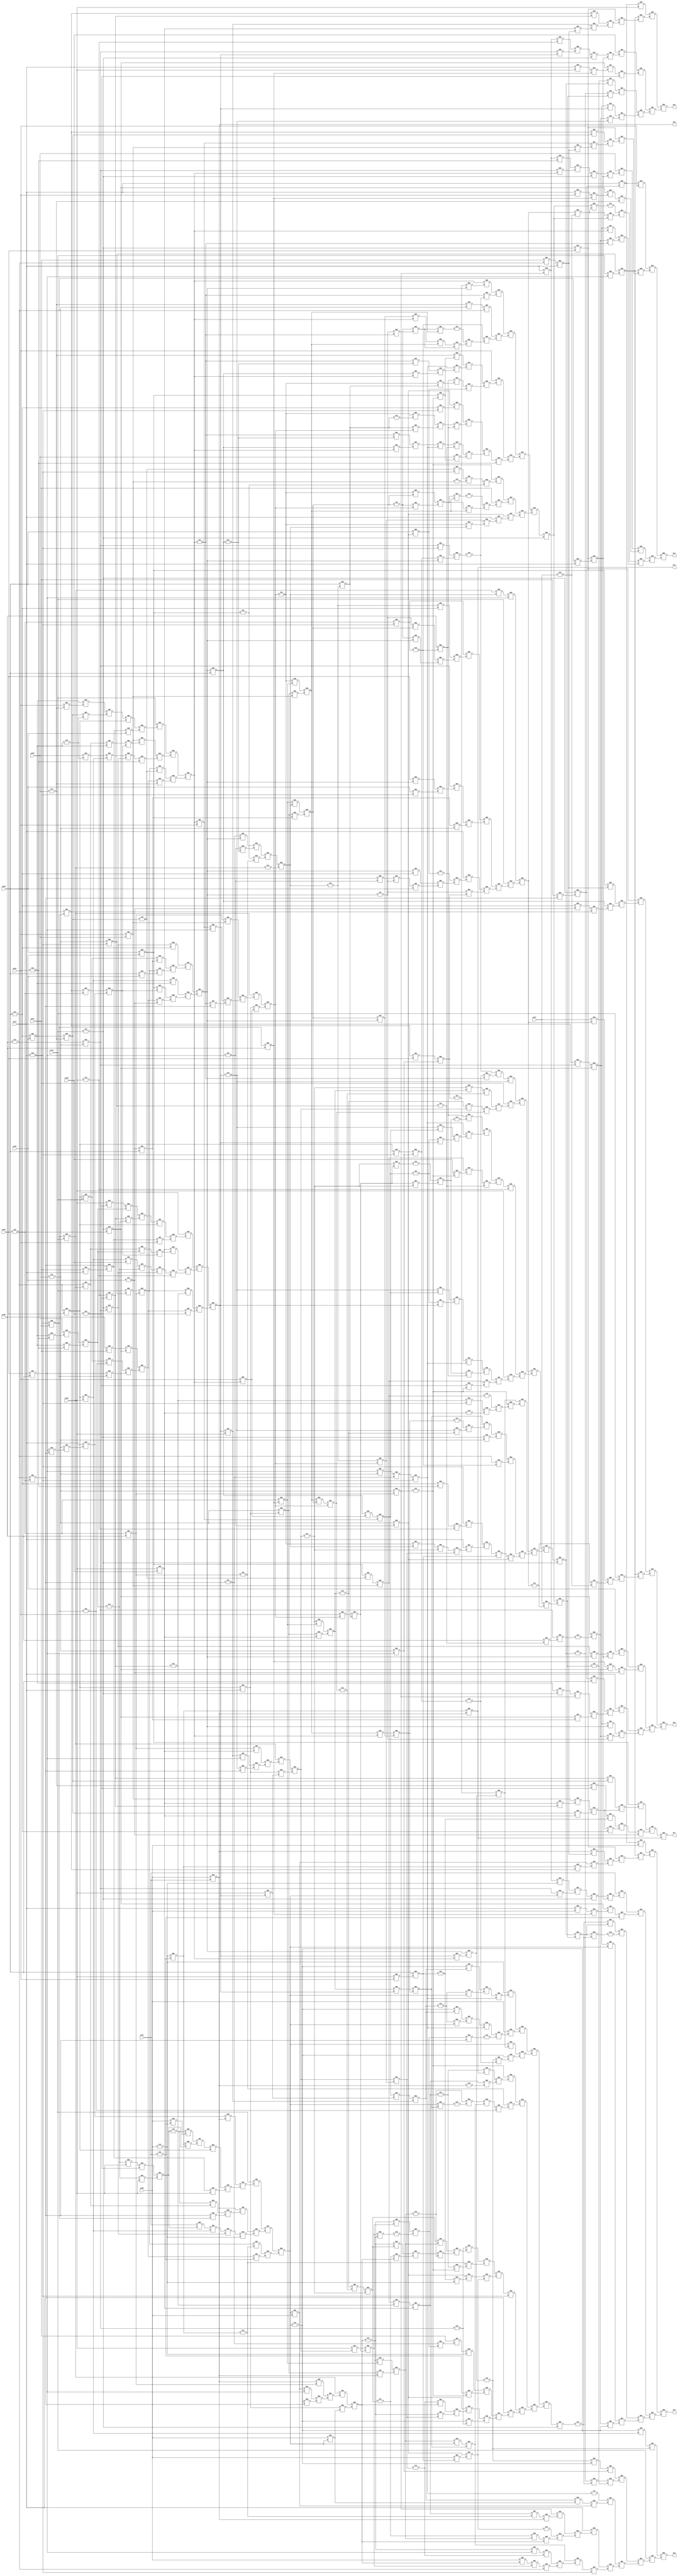
module alu4_lev2(pi00, pi01, pi02, pi03, pi04, pi05, pi06, pi07, pi08, pi09, 
	pi10, pi11, pi12, pi13, po0, po1, po2, po3, po4, po5, po6, po7);

input pi00, pi01, pi02, pi03, pi04, pi05, pi06, pi07, pi08, pi09, 
	pi10, pi11, pi12, pi13;

output po0, po1, po2, po3, po4, po5, po6, po7;

wire n705, n706, n707, n708, n709, n710, n711, n712, n713, n714, 
	n715, n716, n717, n718, n719, n720, n721, n722, n723, n724, 
	n725, n726, n727, n728, n729, n730, n731, n732, n733, n734, 
	n735, n736, n737, n738, n739, n740, n741, n742, n743, n744, 
	n745, n746, n747, n748, n749, n750, n751, n752, n753, n754, 
	n755, n756, n757, n758, n759, n760, n761, n762, n763, n764, 
	n765, n766, n767, n768, n769, n770, n771, n772, n773, n774, 
	n775, n776, n777, n778, n779, n780, n781, n782, n783, n784, 
	n785, n786, n787, n788, n789, n790, n791, n792, n793, n794, 
	n795, n796, n797, n798, n799, n800, n801, n802, n803, n804, 
	n805, n806, n807, n808, n809, n810, n811, n812, n813, n814, 
	n815, n816, n817, n818, n819, n820, n821, n822, n823, n824, 
	n825, n826, n827, n828, n829, n830, n831, n832, n833, n834, 
	n835, n836, n837, n838, n839, n840, n841, n842, n843, n844, 
	n845, n846, n847, n848, n849, n850, n851, n852, n853, n854, 
	n855, n856, n857, n858, n859, n860, n861, n862, n863, n864, 
	n865, n866, n867, n868, n869, n870, n871, n872, n873, n874, 
	n875, n876, n877, n878, n879, n880, n881, n882, n883, n884, 
	n885, n886, n887, n888, n889, n890, n891, n892, n893, n894, 
	n895, n896, n897, n898, n899, n900, n901, n902, n903, n904, 
	n905, n906, n907, n908, n909, n910, n911, n912, n913, n914, 
	n915, n916, n917, n918, n919, n920, n921, n922, n923, n924, 
	n925, n926, n927, n928, n929, n930, n931, n932, n933, n934, 
	n935, n936, n937, n938, n939, n940, n941, n942, n943, n944, 
	n945, n946, n947, n948, n949, n950, n951, n952, n953, n954, 
	n955, n956, n957, n958, n959, n960, n961, n962, n963, n964, 
	n965, n966, n967, n968, n969, n970, n971, n972, n973, n974, 
	n975, n976, n977, n978, n979, n980, n981, n982, n983, n984, 
	n985, n986, n987, n988, n989, n990, n991, n992, n993, n994, 
	n995, n996, n997, n998, n999, n1000, n1001, n1002, n1003, n1004, 
	n1005, n1006, n1007, n1008, n1009, n1010, n1011, n1012, n1013, n1014, 
	n1015, n1016, n1017, n1018, n1019, n1020, n1021, n1022, n1023, n1024, 
	n1025, n1026, n1027, n1028, n1029, n1030, n1031, n1032, n1033, n1034, 
	n1035, n1036, n1037, n1038, n1039, n1040, n1041, n1042, n1043, n1044, 
	n1045, n1046, n1047, n1048, n1049, n1050, n1051, n1052, n1053, n1054, 
	n1055, n1056, n1057, n1058, n1059, n1060, n1061, n1062, n1063, n1064, 
	n1065, n1066, n1067, n1068, n1069, n1070, n1071, n1072, n1073, n1074, 
	n1075, n1076, n1077, n1078, n1079, n1080, n1081, n1082, n1083, n1084, 
	n1085, n1086, n1087, n1088, n1089, n1090, n1091, n1092, n1093, n1094, 
	n1095, n1096, n1097, n1098, n1099, n1100, n1101, n1102, n1103, n1104, 
	n1105, n1106, n1107, n1108, n1109, n1110, n1111, n1112, n1113, n1114, 
	n1115, n1116, n1117, n1118, n1119, n1120, n1121, n1122, n1123, n1124, 
	n1125, n1126, n1127, n1128, n1129, n1130, n1131, n1132, n1133, n1134, 
	n1135, n1136, n1137, n1138, n1139, n1140, n1141, n1142, n1143, n1144, 
	n1145, n1146, n1147, n1148, n1149, n1150, n1151, n1152, n1153, n1154, 
	n1155, n1156, n1157, n1158, n1159, n1160, n1161, n1162, n1163, n1164, 
	n1165, n1166, n1167, n1168, n1169, n1170, n1171, n1172, n1173, n1174, 
	n1175, n1176, n1177, n1178, n1179, n1180, n1181, n1182, n1183, n1184, 
	n1185, n1186, n1187, n1188, n1189, n1190, n1191, n1192, n1193, n1194, 
	n1195, n1196, n1197, n1198, n1199, n1200, n1201, n1202, n1203, n1204, 
	n1205, n1206, n1207, n1208, n1209, n1210, n1211, n1212, n1213, n1214, 
	n1215, n1216, n1217, n1218, n1219, n1220, n1221, n1222, n1223, n1224, 
	n1225, n1226, n1227, n1228, n1229, n1230, n1231, n1232, n1233, n1234, 
	n1235, n1236, n1237, n1238, n1239, n1240, n1241, n1242, n1243, n1244, 
	n1245, n1246, n1247, n1248, n1249, n1250, n1251, n1252, n1253, n1254, 
	n1255, n1256, n1257, n1258, n1259, n1260, n1261, n1262, n1263, n1264, 
	n1265, n1266, n1267, n1268, n1269, n1270, n1271, n1272, n1273, n1274, 
	n1275, n1276, n1277, n1278, n1279, n1280, n1281, n1282, n1283, n1284, 
	n1285, n1286, n1287, n1288, n1289, n1290, n1291, n1292, n1293, n1294, 
	n1295, n1296, n1297, n1298, n1299, n1300, n1301, n1302, n1303, n1304, 
	n1305, n1306, n1307, n1308, n1309, n1310, n1311, n1312, n1313, n1314, 
	n1315, n1316, n1317, n1318, n1319, n1320, n1321, n1322, n1323, n1324, 
	n1325, n1326, n1327, n1328, n1329, n1330, n1331, n1332, n1333, n1334, 
	n1335, n1336, n1337, n1338, n1339, n1340, n1341, n1342, n1343, n1344, 
	n1345, n1346, n1347, n1348, n1349, n1350, n1351, n1352, n1353, n1354, 
	n1355, n1356, n1357, n1358, n1359, n1360, n1361, n1362, n1363, n1364, 
	n1365, n1366, n1367, n1368, n1369, n1370, n1371, n1372, n1373, n1374, 
	n1375, n1376, n1377, n1378, n1379, n1380, n1381, n1382, n1383, n1384, 
	n1385, n1386, n1387, n1388, n1389, n1390, n1391, n1392, n1393, n1394, 
	n1395, n1396;

  AN2 U712 ( .A(n705), .B(po4), .Z(po7));
  OR2 U713 ( .A(n706), .B(n707), .Z(n705));
  AN2 U714 ( .A(n708), .B(n709), .Z(n707));
  OR2 U715 ( .A(n710), .B(n711), .Z(n708));
  AN2 U716 ( .A(n712), .B(n713), .Z(n711));
  AN2 U717 ( .A(n714), .B(n715), .Z(n710));
  AN2 U718 ( .A(n716), .B(n717), .Z(n714));
  AN2 U719 ( .A(n718), .B(n719), .Z(n706));
  OR2 U720 ( .A(n720), .B(n712), .Z(n719));
  OR2 U721 ( .A(n721), .B(n722), .Z(n712));
  AN2 U722 ( .A(n723), .B(n724), .Z(n722));
  AN2 U723 ( .A(n725), .B(n726), .Z(n721));
  OR2 U724 ( .A(n724), .B(n727), .Z(n726));
  AN2 U725 ( .A(n727), .B(n723), .Z(n720));
  OR2 U726 ( .A(n728), .B(n729), .Z(po6));
  AN2 U727 ( .A(pi13), .B(n730), .Z(n729));
  OR2 U728 ( .A(n731), .B(n732), .Z(n730));
  OR2 U729 ( .A(n733), .B(n734), .Z(n732));
  OR2 U730 ( .A(n735), .B(n736), .Z(n734));
  AN2 U731 ( .A(n737), .B(n738), .Z(n736));
  OR2 U732 ( .A(n739), .B(n740), .Z(n737));
  OR2 U733 ( .A(n741), .B(n742), .Z(n740));
  AN2 U734 ( .A(n743), .B(n744), .Z(n742));
  OR2 U735 ( .A(n745), .B(n746), .Z(n743));
  AN2 U736 ( .A(pi03), .B(n747), .Z(n745));
  AN2 U737 ( .A(n748), .B(n749), .Z(n741));
  AN2 U738 ( .A(n750), .B(n751), .Z(n748));
  AN2 U739 ( .A(pi11), .B(n752), .Z(n735));
  OR2 U740 ( .A(n753), .B(n754), .Z(n752));
  OR2 U741 ( .A(n755), .B(n756), .Z(n754));
  AN2 U742 ( .A(n757), .B(n747), .Z(n756));
  OR2 U743 ( .A(n758), .B(n759), .Z(n757));
  IV2 U744 ( .A(n760), .Z(n755));
  AN2 U745 ( .A(n761), .B(n762), .Z(n753));
  OR2 U746 ( .A(n763), .B(po5), .Z(n762));
  AN2 U747 ( .A(n764), .B(n765), .Z(n763));
  AN2 U748 ( .A(n766), .B(n767), .Z(n733));
  OR2 U749 ( .A(n768), .B(n769), .Z(n767));
  AN2 U750 ( .A(n770), .B(n771), .Z(n768));
  IV2 U751 ( .A(n772), .Z(n766));
  OR2 U752 ( .A(n773), .B(n774), .Z(n731));
  AN2 U753 ( .A(n775), .B(n776), .Z(n774));
  AN2 U754 ( .A(n777), .B(n778), .Z(n775));
  AN2 U755 ( .A(n779), .B(n780), .Z(n773));
  AN2 U756 ( .A(n781), .B(n782), .Z(n779));
  AN2 U757 ( .A(n783), .B(n781), .Z(n728));
  AN2 U758 ( .A(n782), .B(n784), .Z(n783));
  OR2 U759 ( .A(n785), .B(n786), .Z(po3));
  OR2 U760 ( .A(n787), .B(n788), .Z(n786));
  OR2 U761 ( .A(n789), .B(n790), .Z(n788));
  OR2 U762 ( .A(n791), .B(n792), .Z(n790));
  AN2 U763 ( .A(n793), .B(n782), .Z(n792));
  AN2 U764 ( .A(n794), .B(n795), .Z(n791));
  OR2 U765 ( .A(n796), .B(n797), .Z(n789));
  IV2 U766 ( .A(n798), .Z(n797));
  OR2 U767 ( .A(n799), .B(n778), .Z(n798));
  AN2 U768 ( .A(n778), .B(n799), .Z(n796));
  OR2 U769 ( .A(n800), .B(n801), .Z(n799));
  IV2 U770 ( .A(n802), .Z(n778));
  OR2 U771 ( .A(n803), .B(n804), .Z(n802));
  AN2 U772 ( .A(n805), .B(n806), .Z(n803));
  AN2 U773 ( .A(n807), .B(n808), .Z(n806));
  AN2 U774 ( .A(n809), .B(n810), .Z(n808));
  OR2 U775 ( .A(pi11), .B(n811), .Z(n810));
  AN2 U776 ( .A(n812), .B(n813), .Z(n811));
  AN2 U777 ( .A(n814), .B(n815), .Z(n813));
  OR2 U778 ( .A(n782), .B(n816), .Z(n815));
  OR2 U779 ( .A(n817), .B(n818), .Z(n814));
  OR2 U780 ( .A(n819), .B(n820), .Z(n818));
  AN2 U781 ( .A(n750), .B(n821), .Z(n820));
  AN2 U782 ( .A(n749), .B(n747), .Z(n819));
  IV2 U783 ( .A(n821), .Z(n749));
  AN2 U784 ( .A(n822), .B(n823), .Z(n812));
  OR2 U785 ( .A(n824), .B(n825), .Z(n823));
  OR2 U786 ( .A(n826), .B(n827), .Z(n822));
  AN2 U787 ( .A(pi10), .B(n828), .Z(n826));
  OR2 U788 ( .A(n829), .B(n830), .Z(n828));
  OR2 U789 ( .A(n831), .B(n738), .Z(n809));
  AN2 U790 ( .A(n832), .B(n833), .Z(n831));
  AN2 U791 ( .A(n834), .B(n760), .Z(n833));
  OR2 U792 ( .A(n817), .B(n835), .Z(n760));
  OR2 U793 ( .A(pi03), .B(n836), .Z(n835));
  OR2 U794 ( .A(n817), .B(n837), .Z(n834));
  OR2 U795 ( .A(n715), .B(n827), .Z(n837));
  IV2 U796 ( .A(n836), .Z(n715));
  AN2 U797 ( .A(n838), .B(n839), .Z(n832));
  OR2 U798 ( .A(n765), .B(n840), .Z(n839));
  OR2 U799 ( .A(n841), .B(n825), .Z(n840));
  OR2 U800 ( .A(n816), .B(n842), .Z(n838));
  OR2 U801 ( .A(n843), .B(n844), .Z(n842));
  AN2 U802 ( .A(n845), .B(n846), .Z(n844));
  OR2 U803 ( .A(n847), .B(n848), .Z(n845));
  AN2 U804 ( .A(n758), .B(n747), .Z(n848));
  IV2 U805 ( .A(n849), .Z(n758));
  AN2 U806 ( .A(n750), .B(n849), .Z(n847));
  AN2 U807 ( .A(n849), .B(n759), .Z(n843));
  OR2 U808 ( .A(n850), .B(n851), .Z(n849));
  AN2 U809 ( .A(n852), .B(n853), .Z(n850));
  IV2 U810 ( .A(n854), .Z(n816));
  AN2 U811 ( .A(n855), .B(n856), .Z(n807));
  OR2 U812 ( .A(n857), .B(n858), .Z(n856));
  OR2 U813 ( .A(n859), .B(n860), .Z(n858));
  AN2 U814 ( .A(n861), .B(n739), .Z(n859));
  OR2 U815 ( .A(n862), .B(n863), .Z(n739));
  AN2 U816 ( .A(n759), .B(n795), .Z(n862));
  OR2 U817 ( .A(n846), .B(n864), .Z(n861));
  IV2 U818 ( .A(n865), .Z(n864));
  AN2 U819 ( .A(n795), .B(n863), .Z(n865));
  IV2 U820 ( .A(n759), .Z(n846));
  OR2 U821 ( .A(n866), .B(n867), .Z(n759));
  AN2 U822 ( .A(n868), .B(po5), .Z(n867));
  AN2 U823 ( .A(n750), .B(n869), .Z(n866));
  OR2 U824 ( .A(n825), .B(n870), .Z(n855));
  OR2 U825 ( .A(n871), .B(n872), .Z(n870));
  AN2 U826 ( .A(n764), .B(n873), .Z(n872));
  IV2 U827 ( .A(po5), .Z(n873));
  AN2 U828 ( .A(n841), .B(po4), .Z(n871));
  OR2 U829 ( .A(n874), .B(po5), .Z(po4));
  IV2 U830 ( .A(n764), .Z(n841));
  OR2 U831 ( .A(n875), .B(n724), .Z(n764));
  AN2 U832 ( .A(n876), .B(n877), .Z(n875));
  AN2 U833 ( .A(n878), .B(n879), .Z(n805));
  AN2 U834 ( .A(n880), .B(n881), .Z(n879));
  OR2 U835 ( .A(n782), .B(n882), .Z(n881));
  OR2 U836 ( .A(n781), .B(n883), .Z(n882));
  IV2 U837 ( .A(n884), .Z(n781));
  OR2 U838 ( .A(n795), .B(n885), .Z(n880));
  AN2 U839 ( .A(n886), .B(n887), .Z(n878));
  OR2 U840 ( .A(pi03), .B(n888), .Z(n887));
  AN2 U841 ( .A(n889), .B(n890), .Z(n888));
  IV2 U842 ( .A(n891), .Z(n890));
  AN2 U843 ( .A(n830), .B(n892), .Z(n891));
  OR2 U844 ( .A(n893), .B(n894), .Z(n830));
  IV2 U845 ( .A(n895), .Z(n894));
  OR2 U846 ( .A(n746), .B(n750), .Z(n895));
  AN2 U847 ( .A(n750), .B(n746), .Z(n893));
  OR2 U848 ( .A(n896), .B(n897), .Z(n746));
  AN2 U849 ( .A(pi02), .B(n898), .Z(n896));
  IV2 U850 ( .A(n747), .Z(n750));
  OR2 U851 ( .A(n899), .B(n900), .Z(n747));
  AN2 U852 ( .A(n901), .B(n771), .Z(n900));
  OR2 U853 ( .A(pi03), .B(n795), .Z(n771));
  AN2 U854 ( .A(n902), .B(n903), .Z(n899));
  OR2 U855 ( .A(n904), .B(n905), .Z(n903));
  OR2 U856 ( .A(n906), .B(n907), .Z(n905));
  AN2 U857 ( .A(n782), .B(n892), .Z(n907));
  AN2 U858 ( .A(n769), .B(n751), .Z(n906));
  AN2 U859 ( .A(po5), .B(n908), .Z(n904));
  OR2 U860 ( .A(n909), .B(n772), .Z(n889));
  AN2 U861 ( .A(n910), .B(n911), .Z(n909));
  OR2 U862 ( .A(n912), .B(n795), .Z(n911));
  OR2 U863 ( .A(n782), .B(n770), .Z(n910));
  OR2 U864 ( .A(n827), .B(n913), .Z(n886));
  OR2 U865 ( .A(n914), .B(n772), .Z(n913));
  OR2 U866 ( .A(n915), .B(n916), .Z(n914));
  AN2 U867 ( .A(n912), .B(n795), .Z(n916));
  IV2 U868 ( .A(n770), .Z(n912));
  AN2 U869 ( .A(n782), .B(n770), .Z(n915));
  OR2 U870 ( .A(n917), .B(n918), .Z(n770));
  AN2 U871 ( .A(n919), .B(n920), .Z(n917));
  IV2 U872 ( .A(n795), .Z(n782));
  OR2 U873 ( .A(n921), .B(n922), .Z(n787));
  AN2 U874 ( .A(n923), .B(n824), .Z(n922));
  AN2 U875 ( .A(n924), .B(n925), .Z(n923));
  OR2 U876 ( .A(n926), .B(n927), .Z(n925));
  AN2 U877 ( .A(pi11), .B(pi03), .Z(n926));
  AN2 U878 ( .A(pi07), .B(n928), .Z(n921));
  OR2 U879 ( .A(n929), .B(n930), .Z(n928));
  AN2 U880 ( .A(n931), .B(n804), .Z(n929));
  OR2 U881 ( .A(n932), .B(n933), .Z(n931));
  AN2 U882 ( .A(n854), .B(n795), .Z(n933));
  AN2 U883 ( .A(n934), .B(n827), .Z(n932));
  OR2 U884 ( .A(n935), .B(n936), .Z(n785));
  OR2 U885 ( .A(n937), .B(n938), .Z(n936));
  AN2 U886 ( .A(n939), .B(n940), .Z(n938));
  OR2 U887 ( .A(n941), .B(n942), .Z(n940));
  OR2 U888 ( .A(n769), .B(n943), .Z(n942));
  AN2 U889 ( .A(n874), .B(n944), .Z(n943));
  AN2 U890 ( .A(n795), .B(pi03), .Z(n769));
  OR2 U891 ( .A(n945), .B(n946), .Z(n795));
  OR2 U892 ( .A(n947), .B(n948), .Z(n946));
  AN2 U893 ( .A(n949), .B(n824), .Z(n948));
  AN2 U894 ( .A(n950), .B(n765), .Z(n947));
  IV2 U895 ( .A(n874), .Z(n765));
  OR2 U896 ( .A(n951), .B(n952), .Z(n945));
  OR2 U897 ( .A(n953), .B(n954), .Z(n952));
  AN2 U898 ( .A(n955), .B(n827), .Z(n954));
  OR2 U899 ( .A(n956), .B(n957), .Z(n955));
  AN2 U900 ( .A(n958), .B(n784), .Z(n956));
  AN2 U901 ( .A(pi07), .B(n959), .Z(n958));
  AN2 U902 ( .A(po5), .B(n960), .Z(n953));
  OR2 U903 ( .A(n961), .B(n962), .Z(n960));
  AN2 U904 ( .A(n892), .B(n963), .Z(n962));
  AN2 U905 ( .A(n964), .B(n965), .Z(n961));
  AN2 U906 ( .A(pi13), .B(n966), .Z(n951));
  OR2 U907 ( .A(n967), .B(n968), .Z(n966));
  OR2 U908 ( .A(n969), .B(n970), .Z(n968));
  AN2 U909 ( .A(n971), .B(pi02), .Z(n970));
  AN2 U910 ( .A(n972), .B(n973), .Z(n969));
  AN2 U911 ( .A(n974), .B(n975), .Z(n972));
  OR2 U912 ( .A(n874), .B(n959), .Z(n975));
  AN2 U913 ( .A(n827), .B(n824), .Z(n874));
  IV2 U914 ( .A(pi03), .Z(n827));
  OR2 U915 ( .A(n964), .B(n976), .Z(n974));
  AN2 U916 ( .A(pi03), .B(n824), .Z(n976));
  IV2 U917 ( .A(pi07), .Z(n824));
  IV2 U918 ( .A(n959), .Z(n964));
  OR2 U919 ( .A(n977), .B(n978), .Z(n959));
  AN2 U920 ( .A(n979), .B(pi02), .Z(n978));
  AN2 U921 ( .A(n980), .B(n717), .Z(n977));
  OR2 U922 ( .A(n979), .B(pi02), .Z(n980));
  AN2 U923 ( .A(n981), .B(po5), .Z(n967));
  AN2 U924 ( .A(po5), .B(n982), .Z(n941));
  AN2 U925 ( .A(pi03), .B(pi07), .Z(po5));
  AN2 U926 ( .A(n983), .B(pi03), .Z(n935));
  OR2 U927 ( .A(n984), .B(n985), .Z(po2));
  OR2 U928 ( .A(n986), .B(n987), .Z(n985));
  OR2 U929 ( .A(n988), .B(n989), .Z(n987));
  OR2 U930 ( .A(n990), .B(n991), .Z(n989));
  AN2 U931 ( .A(n793), .B(n992), .Z(n991));
  AN2 U932 ( .A(n794), .B(n993), .Z(n990));
  OR2 U933 ( .A(n994), .B(n995), .Z(n988));
  AN2 U934 ( .A(n777), .B(n801), .Z(n995));
  IV2 U935 ( .A(n800), .Z(n777));
  AN2 U936 ( .A(n776), .B(n800), .Z(n994));
  OR2 U937 ( .A(n996), .B(n804), .Z(n800));
  AN2 U938 ( .A(n997), .B(n998), .Z(n996));
  AN2 U939 ( .A(n999), .B(n1000), .Z(n998));
  AN2 U940 ( .A(n1001), .B(n1002), .Z(n1000));
  OR2 U941 ( .A(n1003), .B(n817), .Z(n1002));
  AN2 U942 ( .A(n1004), .B(n836), .Z(n1003));
  OR2 U943 ( .A(pi00), .B(n1005), .Z(n836));
  OR2 U944 ( .A(pi02), .B(pi01), .Z(n1005));
  AN2 U945 ( .A(n1006), .B(n1007), .Z(n1004));
  OR2 U946 ( .A(pi11), .B(n1008), .Z(n1007));
  AN2 U947 ( .A(n1009), .B(n821), .Z(n1008));
  OR2 U948 ( .A(n898), .B(n1010), .Z(n821));
  OR2 U949 ( .A(n1011), .B(n851), .Z(n1009));
  AN2 U950 ( .A(n1012), .B(n1013), .Z(n1011));
  OR2 U951 ( .A(n738), .B(n1014), .Z(n1006));
  OR2 U952 ( .A(n1015), .B(n1016), .Z(n1014));
  AN2 U953 ( .A(n713), .B(n1017), .Z(n1015));
  OR2 U954 ( .A(n1018), .B(n1019), .Z(n1001));
  OR2 U955 ( .A(n744), .B(n1020), .Z(n1019));
  OR2 U956 ( .A(n1021), .B(n1022), .Z(n1018));
  AN2 U957 ( .A(n717), .B(n1023), .Z(n1022));
  AN2 U958 ( .A(n863), .B(n1024), .Z(n1021));
  OR2 U959 ( .A(n1025), .B(n1026), .Z(n1024));
  OR2 U960 ( .A(n992), .B(n852), .Z(n1026));
  IV2 U961 ( .A(n1027), .Z(n1025));
  OR2 U962 ( .A(n1028), .B(n1027), .Z(n863));
  OR2 U963 ( .A(n1029), .B(n1030), .Z(n1027));
  AN2 U964 ( .A(n1031), .B(n1032), .Z(n1029));
  AN2 U965 ( .A(n1033), .B(n993), .Z(n1028));
  AN2 U966 ( .A(n885), .B(n1034), .Z(n999));
  OR2 U967 ( .A(n825), .B(n1035), .Z(n1034));
  OR2 U968 ( .A(n1036), .B(n1037), .Z(n1035));
  AN2 U969 ( .A(n1038), .B(n1039), .Z(n1037));
  IV2 U970 ( .A(n724), .Z(n1039));
  OR2 U971 ( .A(n877), .B(n738), .Z(n1038));
  IV2 U972 ( .A(n876), .Z(n1036));
  OR2 U973 ( .A(n1040), .B(n884), .Z(n885));
  OR2 U974 ( .A(n1041), .B(n1042), .Z(n884));
  OR2 U975 ( .A(n993), .B(n1032), .Z(n1042));
  AN2 U976 ( .A(n1043), .B(n1044), .Z(n997));
  AN2 U977 ( .A(n1045), .B(n1046), .Z(n1044));
  OR2 U978 ( .A(pi02), .B(n1047), .Z(n1046));
  AN2 U979 ( .A(n1048), .B(n1049), .Z(n1047));
  OR2 U980 ( .A(n876), .B(n1050), .Z(n1049));
  OR2 U981 ( .A(n717), .B(n825), .Z(n1050));
  AN2 U982 ( .A(n1051), .B(n1052), .Z(n1048));
  OR2 U983 ( .A(n1053), .B(n1054), .Z(n1052));
  OR2 U984 ( .A(n1055), .B(n772), .Z(n1051));
  AN2 U985 ( .A(n1056), .B(n1057), .Z(n1055));
  OR2 U986 ( .A(n1058), .B(n993), .Z(n1057));
  OR2 U987 ( .A(n992), .B(n919), .Z(n1056));
  OR2 U988 ( .A(n1059), .B(n1016), .Z(n1045));
  AN2 U989 ( .A(n1060), .B(n1061), .Z(n1059));
  AN2 U990 ( .A(n1062), .B(n1063), .Z(n1061));
  OR2 U991 ( .A(n876), .B(n1064), .Z(n1062));
  OR2 U992 ( .A(pi06), .B(n825), .Z(n1064));
  OR2 U993 ( .A(n1065), .B(n725), .Z(n876));
  AN2 U994 ( .A(n718), .B(n1066), .Z(n1065));
  AN2 U995 ( .A(n1067), .B(n1068), .Z(n1060));
  OR2 U996 ( .A(n772), .B(n1069), .Z(n1068));
  OR2 U997 ( .A(n1070), .B(n1071), .Z(n1069));
  AN2 U998 ( .A(n1058), .B(n993), .Z(n1071));
  IV2 U999 ( .A(n919), .Z(n1058));
  AN2 U1000 ( .A(n992), .B(n919), .Z(n1070));
  OR2 U1001 ( .A(n1072), .B(n1073), .Z(n919));
  AN2 U1002 ( .A(n1074), .B(n1075), .Z(n1072));
  OR2 U1003 ( .A(n1054), .B(n1076), .Z(n1067));
  IV2 U1004 ( .A(n1053), .Z(n1076));
  AN2 U1005 ( .A(n1077), .B(n1078), .Z(n1053));
  OR2 U1006 ( .A(n897), .B(n851), .Z(n1078));
  IV2 U1007 ( .A(n1079), .Z(n1077));
  AN2 U1008 ( .A(n851), .B(n897), .Z(n1079));
  OR2 U1009 ( .A(n1080), .B(n1081), .Z(n897));
  AN2 U1010 ( .A(pi01), .B(n1082), .Z(n1080));
  AN2 U1011 ( .A(n1083), .B(n1084), .Z(n1043));
  OR2 U1012 ( .A(pi10), .B(n1085), .Z(n1084));
  OR2 U1013 ( .A(n1086), .B(n1087), .Z(n1085));
  AN2 U1014 ( .A(n1088), .B(n1089), .Z(n1087));
  AN2 U1015 ( .A(n852), .B(n898), .Z(n1088));
  IV2 U1016 ( .A(n1033), .Z(n852));
  AN2 U1017 ( .A(n1090), .B(n853), .Z(n1086));
  IV2 U1018 ( .A(n1089), .Z(n853));
  AN2 U1019 ( .A(n1091), .B(n1082), .Z(n1089));
  OR2 U1020 ( .A(n1031), .B(n1092), .Z(n1091));
  OR2 U1021 ( .A(n851), .B(n1033), .Z(n1090));
  OR2 U1022 ( .A(n1093), .B(n1094), .Z(n1033));
  AN2 U1023 ( .A(n868), .B(n724), .Z(n1094));
  AN2 U1024 ( .A(n851), .B(n869), .Z(n1093));
  IV2 U1025 ( .A(n898), .Z(n851));
  OR2 U1026 ( .A(n1095), .B(n1096), .Z(n898));
  AN2 U1027 ( .A(n901), .B(n920), .Z(n1096));
  OR2 U1028 ( .A(pi02), .B(n993), .Z(n920));
  AN2 U1029 ( .A(n902), .B(n1097), .Z(n1095));
  OR2 U1030 ( .A(n1098), .B(n1099), .Z(n1097));
  OR2 U1031 ( .A(n1100), .B(n1101), .Z(n1099));
  AN2 U1032 ( .A(n992), .B(n892), .Z(n1101));
  AN2 U1033 ( .A(n918), .B(n751), .Z(n1100));
  AN2 U1034 ( .A(n908), .B(n724), .Z(n1098));
  OR2 U1035 ( .A(n1102), .B(n992), .Z(n1083));
  IV2 U1036 ( .A(n993), .Z(n992));
  AN2 U1037 ( .A(n1103), .B(n1104), .Z(n1102));
  OR2 U1038 ( .A(n883), .B(n1105), .Z(n1104));
  IV2 U1039 ( .A(n1106), .Z(n883));
  IV2 U1040 ( .A(n801), .Z(n776));
  OR2 U1041 ( .A(n1107), .B(n1108), .Z(n801));
  OR2 U1042 ( .A(pi12), .B(n1109), .Z(n1108));
  OR2 U1043 ( .A(n1110), .B(n1111), .Z(n986));
  AN2 U1044 ( .A(n1112), .B(n717), .Z(n1111));
  AN2 U1045 ( .A(n924), .B(n1113), .Z(n1112));
  OR2 U1046 ( .A(n1114), .B(n927), .Z(n1113));
  AN2 U1047 ( .A(pi11), .B(pi02), .Z(n1114));
  AN2 U1048 ( .A(pi06), .B(n1115), .Z(n1110));
  OR2 U1049 ( .A(n1116), .B(n930), .Z(n1115));
  AN2 U1050 ( .A(n1117), .B(n804), .Z(n1116));
  OR2 U1051 ( .A(n1118), .B(n1119), .Z(n1117));
  AN2 U1052 ( .A(n854), .B(n993), .Z(n1119));
  AN2 U1053 ( .A(n934), .B(n1016), .Z(n1118));
  OR2 U1054 ( .A(n1120), .B(n1121), .Z(n984));
  OR2 U1055 ( .A(n937), .B(n1122), .Z(n1121));
  AN2 U1056 ( .A(n939), .B(n1123), .Z(n1122));
  OR2 U1057 ( .A(n1124), .B(n1125), .Z(n1123));
  OR2 U1058 ( .A(n918), .B(n1126), .Z(n1125));
  AN2 U1059 ( .A(n724), .B(n982), .Z(n1126));
  AN2 U1060 ( .A(n993), .B(pi02), .Z(n918));
  OR2 U1061 ( .A(n1127), .B(n1128), .Z(n993));
  OR2 U1062 ( .A(n1129), .B(n1130), .Z(n1128));
  AN2 U1063 ( .A(n949), .B(n717), .Z(n1130));
  AN2 U1064 ( .A(n950), .B(n877), .Z(n1129));
  IV2 U1065 ( .A(n727), .Z(n877));
  OR2 U1066 ( .A(n1131), .B(n1132), .Z(n1127));
  OR2 U1067 ( .A(n1133), .B(n1134), .Z(n1132));
  AN2 U1068 ( .A(n1135), .B(n1016), .Z(n1134));
  OR2 U1069 ( .A(n1136), .B(n957), .Z(n1135));
  AN2 U1070 ( .A(n1137), .B(n979), .Z(n1136));
  AN2 U1071 ( .A(n784), .B(pi06), .Z(n1137));
  AN2 U1072 ( .A(n724), .B(n1138), .Z(n1133));
  OR2 U1073 ( .A(n1139), .B(n1140), .Z(n1138));
  AN2 U1074 ( .A(n965), .B(n1141), .Z(n1139));
  AN2 U1075 ( .A(pi02), .B(pi06), .Z(n724));
  AN2 U1076 ( .A(pi13), .B(n1142), .Z(n1131));
  OR2 U1077 ( .A(n1143), .B(n1144), .Z(n1142));
  AN2 U1078 ( .A(n971), .B(pi01), .Z(n1144));
  AN2 U1079 ( .A(n1145), .B(n973), .Z(n1143));
  AN2 U1080 ( .A(n1146), .B(n1147), .Z(n1145));
  OR2 U1081 ( .A(n727), .B(n979), .Z(n1147));
  IV2 U1082 ( .A(n1141), .Z(n979));
  OR2 U1083 ( .A(n1148), .B(n1141), .Z(n1146));
  OR2 U1084 ( .A(n1149), .B(n1150), .Z(n1141));
  AN2 U1085 ( .A(n1151), .B(n1017), .Z(n1150));
  AN2 U1086 ( .A(pi05), .B(n1152), .Z(n1149));
  OR2 U1087 ( .A(n1151), .B(n1017), .Z(n1152));
  AN2 U1088 ( .A(pi02), .B(n717), .Z(n1148));
  AN2 U1089 ( .A(n944), .B(n727), .Z(n1124));
  AN2 U1090 ( .A(n1016), .B(n717), .Z(n727));
  IV2 U1091 ( .A(pi06), .Z(n717));
  IV2 U1092 ( .A(pi02), .Z(n1016));
  AN2 U1093 ( .A(n983), .B(pi02), .Z(n1120));
  OR2 U1094 ( .A(n1153), .B(n1154), .Z(po1));
  OR2 U1095 ( .A(n1155), .B(n1156), .Z(n1154));
  OR2 U1096 ( .A(n1157), .B(n1158), .Z(n1156));
  OR2 U1097 ( .A(n1159), .B(n1160), .Z(n1158));
  AN2 U1098 ( .A(n793), .B(n1105), .Z(n1160));
  AN2 U1099 ( .A(n794), .B(n1032), .Z(n1159));
  OR2 U1100 ( .A(n1161), .B(n1162), .Z(n1157));
  AN2 U1101 ( .A(n1163), .B(n1107), .Z(n1162));
  IV2 U1102 ( .A(n1164), .Z(n1161));
  OR2 U1103 ( .A(n1107), .B(n1163), .Z(n1164));
  AN2 U1104 ( .A(n1165), .B(n1166), .Z(n1163));
  OR2 U1105 ( .A(n1167), .B(n804), .Z(n1107));
  AN2 U1106 ( .A(n1168), .B(n1169), .Z(n1167));
  AN2 U1107 ( .A(n1170), .B(n1171), .Z(n1169));
  OR2 U1108 ( .A(n817), .B(n1172), .Z(n1171));
  OR2 U1109 ( .A(pi11), .B(n1173), .Z(n1172));
  AN2 U1110 ( .A(n1010), .B(n1174), .Z(n1173));
  OR2 U1111 ( .A(n1012), .B(n1013), .Z(n1174));
  OR2 U1112 ( .A(n1175), .B(n1082), .Z(n1010));
  AN2 U1113 ( .A(n1176), .B(n1177), .Z(n1170));
  OR2 U1114 ( .A(pi10), .B(n1178), .Z(n1177));
  OR2 U1115 ( .A(n1179), .B(n1180), .Z(n1178));
  AN2 U1116 ( .A(n1181), .B(n1031), .Z(n1180));
  IV2 U1117 ( .A(n1182), .Z(n1179));
  OR2 U1118 ( .A(n1181), .B(n1031), .Z(n1182));
  OR2 U1119 ( .A(n1183), .B(n1184), .Z(n1181));
  AN2 U1120 ( .A(n1185), .B(n1082), .Z(n1184));
  AN2 U1121 ( .A(n1012), .B(n1092), .Z(n1183));
  OR2 U1122 ( .A(n825), .B(n1186), .Z(n1176));
  OR2 U1123 ( .A(n1187), .B(n1188), .Z(n1186));
  AN2 U1124 ( .A(n1189), .B(n1190), .Z(n1187));
  IV2 U1125 ( .A(n725), .Z(n1190));
  OR2 U1126 ( .A(n1066), .B(n738), .Z(n1189));
  AN2 U1127 ( .A(n1191), .B(n1192), .Z(n1168));
  AN2 U1128 ( .A(n1193), .B(n1194), .Z(n1192));
  OR2 U1129 ( .A(n1195), .B(n1017), .Z(n1194));
  AN2 U1130 ( .A(n1196), .B(n1197), .Z(n1195));
  AN2 U1131 ( .A(n1198), .B(n1199), .Z(n1197));
  OR2 U1132 ( .A(pi05), .B(n1200), .Z(n1199));
  AN2 U1133 ( .A(n1201), .B(n1063), .Z(n1198));
  OR2 U1134 ( .A(n1202), .B(n772), .Z(n1201));
  AN2 U1135 ( .A(n1203), .B(n1204), .Z(n1202));
  OR2 U1136 ( .A(n1074), .B(n1032), .Z(n1204));
  OR2 U1137 ( .A(n1105), .B(n1205), .Z(n1203));
  AN2 U1138 ( .A(n1206), .B(n1207), .Z(n1196));
  OR2 U1139 ( .A(n1208), .B(n1054), .Z(n1207));
  AN2 U1140 ( .A(n1209), .B(n1210), .Z(n1208));
  OR2 U1141 ( .A(n1081), .B(n1082), .Z(n1210));
  OR2 U1142 ( .A(n1012), .B(n1211), .Z(n1209));
  IV2 U1143 ( .A(n1081), .Z(n1211));
  OR2 U1144 ( .A(n817), .B(n1212), .Z(n1206));
  OR2 U1145 ( .A(n713), .B(n738), .Z(n1212));
  OR2 U1146 ( .A(pi01), .B(n1213), .Z(n1193));
  AN2 U1147 ( .A(n1214), .B(n1215), .Z(n1213));
  AN2 U1148 ( .A(n1216), .B(n1217), .Z(n1215));
  OR2 U1149 ( .A(n1054), .B(n1218), .Z(n1216));
  OR2 U1150 ( .A(n1012), .B(n1081), .Z(n1218));
  AN2 U1151 ( .A(pi00), .B(n1175), .Z(n1081));
  OR2 U1152 ( .A(pi08), .B(n1020), .Z(n1054));
  AN2 U1153 ( .A(n1219), .B(n1220), .Z(n1214));
  OR2 U1154 ( .A(n772), .B(n1221), .Z(n1220));
  OR2 U1155 ( .A(n1222), .B(n1223), .Z(n1221));
  AN2 U1156 ( .A(n1074), .B(n1032), .Z(n1223));
  AN2 U1157 ( .A(n1105), .B(n1205), .Z(n1222));
  OR2 U1158 ( .A(n1224), .B(n738), .Z(n772));
  AN2 U1159 ( .A(n1225), .B(n829), .Z(n1224));
  OR2 U1160 ( .A(n751), .B(n1023), .Z(n1225));
  OR2 U1161 ( .A(n716), .B(n1200), .Z(n1219));
  OR2 U1162 ( .A(n718), .B(n825), .Z(n1200));
  IV2 U1163 ( .A(n761), .Z(n825));
  AN2 U1164 ( .A(n1226), .B(n1227), .Z(n1191));
  OR2 U1165 ( .A(n1228), .B(n1229), .Z(n1227));
  OR2 U1166 ( .A(n1020), .B(n1230), .Z(n1229));
  OR2 U1167 ( .A(n1231), .B(n1232), .Z(n1230));
  AN2 U1168 ( .A(n1233), .B(n1234), .Z(n1232));
  AN2 U1169 ( .A(n1235), .B(n1031), .Z(n1233));
  OR2 U1170 ( .A(n1030), .B(n1032), .Z(n1235));
  AN2 U1171 ( .A(n1092), .B(n1041), .Z(n1030));
  IV2 U1172 ( .A(n1236), .Z(n1231));
  OR2 U1173 ( .A(n1234), .B(n1031), .Z(n1236));
  OR2 U1174 ( .A(n1237), .B(n1238), .Z(n1031));
  AN2 U1175 ( .A(n868), .B(n725), .Z(n1238));
  AN2 U1176 ( .A(n1012), .B(n869), .Z(n1237));
  IV2 U1177 ( .A(n1082), .Z(n1012));
  OR2 U1178 ( .A(n1239), .B(n1240), .Z(n1082));
  AN2 U1179 ( .A(n901), .B(n1075), .Z(n1240));
  OR2 U1180 ( .A(pi01), .B(n1032), .Z(n1075));
  AN2 U1181 ( .A(n902), .B(n1241), .Z(n1239));
  OR2 U1182 ( .A(n1242), .B(n1243), .Z(n1241));
  OR2 U1183 ( .A(n1244), .B(n1245), .Z(n1243));
  AN2 U1184 ( .A(n1105), .B(n892), .Z(n1245));
  AN2 U1185 ( .A(n1073), .B(n751), .Z(n1244));
  AN2 U1186 ( .A(n908), .B(n725), .Z(n1242));
  OR2 U1187 ( .A(n1185), .B(n1246), .Z(n1234));
  OR2 U1188 ( .A(n1247), .B(n1105), .Z(n1246));
  IV2 U1189 ( .A(n1248), .Z(n1020));
  OR2 U1190 ( .A(n1249), .B(n744), .Z(n1228));
  AN2 U1191 ( .A(n716), .B(n1023), .Z(n1249));
  AN2 U1192 ( .A(n1250), .B(n1251), .Z(n1226));
  OR2 U1193 ( .A(n1105), .B(n1103), .Z(n1251));
  IV2 U1194 ( .A(n1252), .Z(n1103));
  OR2 U1195 ( .A(n1253), .B(n1254), .Z(n1252));
  AN2 U1196 ( .A(n1106), .B(n1041), .Z(n1254));
  OR2 U1197 ( .A(n1255), .B(n780), .Z(n1106));
  AN2 U1198 ( .A(n973), .B(n738), .Z(n1255));
  AN2 U1199 ( .A(n854), .B(n738), .Z(n1253));
  IV2 U1200 ( .A(n1032), .Z(n1105));
  OR2 U1201 ( .A(n1032), .B(n1256), .Z(n1250));
  OR2 U1202 ( .A(n1040), .B(n1041), .Z(n1256));
  IV2 U1203 ( .A(n1257), .Z(n1040));
  OR2 U1204 ( .A(n1258), .B(n1259), .Z(n1155));
  AN2 U1205 ( .A(n1260), .B(n716), .Z(n1259));
  AN2 U1206 ( .A(n924), .B(n1261), .Z(n1260));
  OR2 U1207 ( .A(n1262), .B(n927), .Z(n1261));
  AN2 U1208 ( .A(pi11), .B(pi01), .Z(n1262));
  AN2 U1209 ( .A(pi05), .B(n1263), .Z(n1258));
  OR2 U1210 ( .A(n1264), .B(n930), .Z(n1263));
  AN2 U1211 ( .A(n1265), .B(n804), .Z(n1264));
  OR2 U1212 ( .A(n1266), .B(n1267), .Z(n1265));
  AN2 U1213 ( .A(n854), .B(n1032), .Z(n1267));
  AN2 U1214 ( .A(n934), .B(n1017), .Z(n1266));
  AN2 U1215 ( .A(pi11), .B(n761), .Z(n934));
  OR2 U1216 ( .A(n1268), .B(n1269), .Z(n1153));
  OR2 U1217 ( .A(n937), .B(n1270), .Z(n1269));
  AN2 U1218 ( .A(n939), .B(n1271), .Z(n1270));
  OR2 U1219 ( .A(n1272), .B(n1273), .Z(n1271));
  OR2 U1220 ( .A(n1073), .B(n1274), .Z(n1273));
  AN2 U1221 ( .A(n725), .B(n982), .Z(n1274));
  AN2 U1222 ( .A(n1032), .B(pi01), .Z(n1073));
  OR2 U1223 ( .A(n1275), .B(n1276), .Z(n1032));
  OR2 U1224 ( .A(n1277), .B(n1278), .Z(n1276));
  AN2 U1225 ( .A(n949), .B(n716), .Z(n1278));
  AN2 U1226 ( .A(n950), .B(n1066), .Z(n1277));
  IV2 U1227 ( .A(n723), .Z(n1066));
  OR2 U1228 ( .A(n1279), .B(n1280), .Z(n1275));
  OR2 U1229 ( .A(n1281), .B(n1282), .Z(n1280));
  AN2 U1230 ( .A(n1283), .B(n1017), .Z(n1282));
  OR2 U1231 ( .A(n1284), .B(n957), .Z(n1283));
  AN2 U1232 ( .A(n1285), .B(n784), .Z(n1284));
  AN2 U1233 ( .A(pi05), .B(n1286), .Z(n1285));
  AN2 U1234 ( .A(n725), .B(n1287), .Z(n1281));
  OR2 U1235 ( .A(n1288), .B(n1140), .Z(n1287));
  AN2 U1236 ( .A(n965), .B(n1151), .Z(n1288));
  AN2 U1237 ( .A(n744), .B(n902), .Z(n965));
  AN2 U1238 ( .A(pi01), .B(pi05), .Z(n725));
  AN2 U1239 ( .A(pi13), .B(n1289), .Z(n1279));
  OR2 U1240 ( .A(n1290), .B(n1291), .Z(n1289));
  AN2 U1241 ( .A(n971), .B(pi00), .Z(n1291));
  AN2 U1242 ( .A(n892), .B(n1292), .Z(n971));
  AN2 U1243 ( .A(pi10), .B(pi11), .Z(n1292));
  AN2 U1244 ( .A(n1293), .B(n973), .Z(n1290));
  AN2 U1245 ( .A(n1294), .B(n1295), .Z(n1293));
  OR2 U1246 ( .A(n723), .B(n1286), .Z(n1295));
  IV2 U1247 ( .A(n1151), .Z(n1286));
  OR2 U1248 ( .A(n1151), .B(n1296), .Z(n1294));
  AN2 U1249 ( .A(pi01), .B(n716), .Z(n1296));
  AN2 U1250 ( .A(n944), .B(n723), .Z(n1272));
  AN2 U1251 ( .A(n1017), .B(n716), .Z(n723));
  IV2 U1252 ( .A(pi05), .Z(n716));
  IV2 U1253 ( .A(pi01), .Z(n1017));
  AN2 U1254 ( .A(n983), .B(pi01), .Z(n1268));
  AN2 U1255 ( .A(pi11), .B(n1297), .Z(n983));
  OR2 U1256 ( .A(n1298), .B(n1299), .Z(po0));
  OR2 U1257 ( .A(n1300), .B(n1301), .Z(n1299));
  OR2 U1258 ( .A(n1302), .B(n1303), .Z(n1301));
  OR2 U1259 ( .A(n1304), .B(n1305), .Z(n1303));
  AN2 U1260 ( .A(n793), .B(n1247), .Z(n1305));
  AN2 U1261 ( .A(n924), .B(n1306), .Z(n793));
  IV2 U1262 ( .A(n1307), .Z(n1306));
  OR2 U1263 ( .A(n854), .B(n1308), .Z(n1307));
  AN2 U1264 ( .A(pi08), .B(n1063), .Z(n1308));
  IV2 U1265 ( .A(n1309), .Z(n1063));
  AN2 U1266 ( .A(n794), .B(n1041), .Z(n1304));
  AN2 U1267 ( .A(n1310), .B(n924), .Z(n794));
  OR2 U1268 ( .A(pi11), .B(n854), .Z(n1310));
  AN2 U1269 ( .A(pi11), .B(n1311), .Z(n1302));
  OR2 U1270 ( .A(n1312), .B(n1313), .Z(n1311));
  OR2 U1271 ( .A(n1314), .B(n1315), .Z(n1313));
  AN2 U1272 ( .A(n924), .B(n1316), .Z(n1315));
  AN2 U1273 ( .A(n1317), .B(n761), .Z(n1314));
  AN2 U1274 ( .A(n1023), .B(n908), .Z(n761));
  AN2 U1275 ( .A(n1151), .B(n804), .Z(n1317));
  AN2 U1276 ( .A(n1297), .B(pi00), .Z(n1312));
  AN2 U1277 ( .A(n804), .B(n1318), .Z(n1297));
  OR2 U1278 ( .A(pi10), .B(n892), .Z(n1318));
  OR2 U1279 ( .A(n1319), .B(n1320), .Z(n1300));
  AN2 U1280 ( .A(n1321), .B(n709), .Z(n1320));
  AN2 U1281 ( .A(n927), .B(n924), .Z(n1321));
  AN2 U1282 ( .A(pi04), .B(n1322), .Z(n1319));
  OR2 U1283 ( .A(n1323), .B(n930), .Z(n1322));
  AN2 U1284 ( .A(n939), .B(n1324), .Z(n930));
  AN2 U1285 ( .A(n744), .B(pi11), .Z(n1324));
  AN2 U1286 ( .A(n957), .B(n1041), .Z(n1323));
  OR2 U1287 ( .A(n1325), .B(n1326), .Z(n1298));
  OR2 U1288 ( .A(n937), .B(n1327), .Z(n1326));
  AN2 U1289 ( .A(pi13), .B(n1328), .Z(n1327));
  OR2 U1290 ( .A(n1329), .B(n1330), .Z(n1328));
  AN2 U1291 ( .A(n1109), .B(n1166), .Z(n1330));
  IV2 U1292 ( .A(pi12), .Z(n1166));
  IV2 U1293 ( .A(n1165), .Z(n1109));
  AN2 U1294 ( .A(pi12), .B(n1165), .Z(n1329));
  OR2 U1295 ( .A(n1331), .B(n1332), .Z(n1165));
  AN2 U1296 ( .A(pi13), .B(n1333), .Z(n1332));
  OR2 U1297 ( .A(n1334), .B(n1335), .Z(n1333));
  OR2 U1298 ( .A(n1336), .B(n1337), .Z(n1335));
  AN2 U1299 ( .A(n1247), .B(n1257), .Z(n1337));
  OR2 U1300 ( .A(n1338), .B(n780), .Z(n1257));
  AN2 U1301 ( .A(n1023), .B(n751), .Z(n780));
  AN2 U1302 ( .A(n944), .B(pi09), .Z(n1338));
  AN2 U1303 ( .A(pi11), .B(n1339), .Z(n1336));
  OR2 U1304 ( .A(n1340), .B(n1341), .Z(n1339));
  OR2 U1305 ( .A(n1342), .B(n1343), .Z(n1341));
  AN2 U1306 ( .A(n1344), .B(pi00), .Z(n1343));
  AN2 U1307 ( .A(n1345), .B(n1247), .Z(n1344));
  AN2 U1308 ( .A(pi10), .B(n1346), .Z(n1345));
  AN2 U1309 ( .A(n1041), .B(n713), .Z(n1342));
  IV2 U1310 ( .A(n1217), .Z(n1340));
  OR2 U1311 ( .A(pi00), .B(n817), .Z(n1217));
  OR2 U1312 ( .A(n1023), .B(n1346), .Z(n817));
  OR2 U1313 ( .A(n1347), .B(n1348), .Z(n1334));
  OR2 U1314 ( .A(n1349), .B(n1350), .Z(n1348));
  AN2 U1315 ( .A(n1316), .B(n1023), .Z(n1350));
  AN2 U1316 ( .A(n854), .B(n1351), .Z(n1349));
  OR2 U1317 ( .A(n1352), .B(n1353), .Z(n1351));
  AN2 U1318 ( .A(pi00), .B(n738), .Z(n1353));
  AN2 U1319 ( .A(pi09), .B(n1041), .Z(n1352));
  AN2 U1320 ( .A(n1248), .B(n1354), .Z(n1347));
  OR2 U1321 ( .A(n1355), .B(n1356), .Z(n1354));
  OR2 U1322 ( .A(n1357), .B(n1358), .Z(n1356));
  AN2 U1323 ( .A(n1185), .B(n1041), .Z(n1358));
  IV2 U1324 ( .A(n1092), .Z(n1185));
  AN2 U1325 ( .A(n1247), .B(n1092), .Z(n1357));
  OR2 U1326 ( .A(n1359), .B(n1360), .Z(n1092));
  AN2 U1327 ( .A(n868), .B(n718), .Z(n1360));
  AN2 U1328 ( .A(n1023), .B(n901), .Z(n868));
  AN2 U1329 ( .A(n973), .B(pi11), .Z(n901));
  AN2 U1330 ( .A(n869), .B(n1013), .Z(n1359));
  AN2 U1331 ( .A(n1361), .B(n927), .Z(n869));
  AN2 U1332 ( .A(n963), .B(pi08), .Z(n927));
  IV2 U1333 ( .A(n1041), .Z(n1247));
  AN2 U1334 ( .A(n1175), .B(n713), .Z(n1355));
  IV2 U1335 ( .A(n1013), .Z(n1175));
  AN2 U1336 ( .A(n1361), .B(n738), .Z(n1248));
  AN2 U1337 ( .A(n1362), .B(n751), .Z(n1331));
  AN2 U1338 ( .A(n902), .B(n1013), .Z(n1362));
  OR2 U1339 ( .A(n1363), .B(n1364), .Z(n1013));
  IV2 U1340 ( .A(n902), .Z(n1364));
  AN2 U1341 ( .A(n1365), .B(n1366), .Z(n1363));
  OR2 U1342 ( .A(n1188), .B(n857), .Z(n1366));
  IV2 U1343 ( .A(n908), .Z(n857));
  IV2 U1344 ( .A(n718), .Z(n1188));
  AN2 U1345 ( .A(n1367), .B(n1368), .Z(n1365));
  OR2 U1346 ( .A(n1346), .B(n1205), .Z(n1368));
  IV2 U1347 ( .A(n1074), .Z(n1205));
  IV2 U1348 ( .A(n751), .Z(n1346));
  OR2 U1349 ( .A(n829), .B(n1041), .Z(n1367));
  IV2 U1350 ( .A(n892), .Z(n829));
  AN2 U1351 ( .A(n1309), .B(n1369), .Z(n937));
  AN2 U1352 ( .A(pi13), .B(n751), .Z(n1369));
  AN2 U1353 ( .A(n939), .B(n1370), .Z(n1325));
  OR2 U1354 ( .A(n1371), .B(n1372), .Z(n1370));
  OR2 U1355 ( .A(n1074), .B(n1373), .Z(n1372));
  AN2 U1356 ( .A(n1374), .B(n944), .Z(n1373));
  AN2 U1357 ( .A(n713), .B(n709), .Z(n1374));
  AN2 U1358 ( .A(n1041), .B(pi00), .Z(n1074));
  OR2 U1359 ( .A(n1375), .B(n1376), .Z(n1041));
  OR2 U1360 ( .A(n1377), .B(n1378), .Z(n1376));
  OR2 U1361 ( .A(n1379), .B(n1380), .Z(n1378));
  AN2 U1362 ( .A(n949), .B(n709), .Z(n1380));
  OR2 U1363 ( .A(n1381), .B(n1382), .Z(n949));
  OR2 U1364 ( .A(n1383), .B(n1384), .Z(n1382));
  AN2 U1365 ( .A(n751), .B(n963), .Z(n1384));
  AN2 U1366 ( .A(n1385), .B(n860), .Z(n1383));
  IV2 U1367 ( .A(n963), .Z(n860));
  AN2 U1368 ( .A(n1386), .B(n924), .Z(n1381));
  AN2 U1369 ( .A(n804), .B(n1361), .Z(n924));
  AN2 U1370 ( .A(pi08), .B(pi10), .Z(n1386));
  AN2 U1371 ( .A(n718), .B(n1140), .Z(n1379));
  OR2 U1372 ( .A(n1387), .B(n981), .Z(n1140));
  AN2 U1373 ( .A(pi11), .B(n1388), .Z(n981));
  AN2 U1374 ( .A(n1023), .B(n1389), .Z(n1388));
  OR2 U1375 ( .A(n751), .B(n892), .Z(n1389));
  AN2 U1376 ( .A(n744), .B(n1361), .Z(n892));
  AN2 U1377 ( .A(pi09), .B(pi08), .Z(n751));
  AN2 U1378 ( .A(n944), .B(n1361), .Z(n1387));
  AN2 U1379 ( .A(n744), .B(n963), .Z(n944));
  AN2 U1380 ( .A(n784), .B(n1151), .Z(n1377));
  AN2 U1381 ( .A(n713), .B(pi04), .Z(n1151));
  AN2 U1382 ( .A(n973), .B(n902), .Z(n784));
  AN2 U1383 ( .A(n963), .B(pi13), .Z(n902));
  AN2 U1384 ( .A(n738), .B(pi10), .Z(n963));
  OR2 U1385 ( .A(n1390), .B(n1391), .Z(n1375));
  OR2 U1386 ( .A(n1392), .B(n1393), .Z(n1391));
  AN2 U1387 ( .A(n950), .B(n1394), .Z(n1393));
  OR2 U1388 ( .A(pi00), .B(pi04), .Z(n1394));
  AN2 U1389 ( .A(n1395), .B(n908), .Z(n950));
  AN2 U1390 ( .A(n1361), .B(pi08), .Z(n908));
  IV2 U1391 ( .A(pi09), .Z(n1361));
  OR2 U1392 ( .A(pi13), .B(n1309), .Z(n1395));
  AN2 U1393 ( .A(n1023), .B(n738), .Z(n1309));
  IV2 U1394 ( .A(pi11), .Z(n738));
  AN2 U1395 ( .A(n1385), .B(n1316), .Z(n1392));
  AN2 U1396 ( .A(n709), .B(pi00), .Z(n1316));
  IV2 U1397 ( .A(pi04), .Z(n709));
  AN2 U1398 ( .A(n973), .B(pi13), .Z(n1385));
  AN2 U1399 ( .A(n744), .B(pi09), .Z(n973));
  AN2 U1400 ( .A(n957), .B(n713), .Z(n1390));
  IV2 U1401 ( .A(pi00), .Z(n713));
  AN2 U1402 ( .A(n804), .B(n854), .Z(n957));
  AN2 U1403 ( .A(n744), .B(n1023), .Z(n854));
  IV2 U1404 ( .A(pi10), .Z(n1023));
  AN2 U1405 ( .A(n718), .B(n982), .Z(n1371));
  OR2 U1406 ( .A(n1396), .B(pi11), .Z(n982));
  AN2 U1407 ( .A(pi10), .B(n744), .Z(n1396));
  IV2 U1408 ( .A(pi08), .Z(n744));
  AN2 U1409 ( .A(pi00), .B(pi04), .Z(n718));
  AN2 U1410 ( .A(n804), .B(pi09), .Z(n939));
  IV2 U1411 ( .A(pi13), .Z(n804));

endmodule

module IV2(A,  Z);
  input A;
  output Z;

  assign Z = ~A;
endmodule

module AN2(A,  B,  Z);
  input A,  B;
  output Z;

  assign Z = A & B;
endmodule

module OR2(A,  B,  Z);
  input A,  B;
  output Z;

  assign Z = A | B;
endmodule